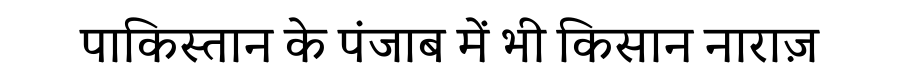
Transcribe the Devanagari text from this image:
पाकिस्तान के पंजाब में भी किसान नाराज़